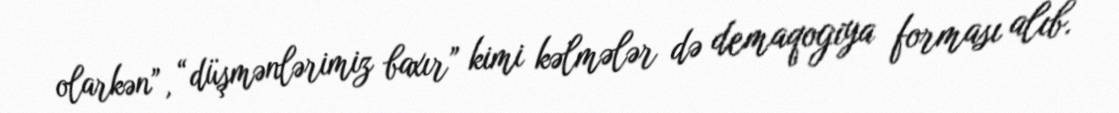
olarkən”, “düşmənlərimiz baxır” kimi kəlmələr də demaqogiya forması alıb.